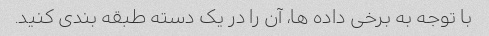
با توجه به برخی داده ها، آن را در یک دسته طبقه بندی کنید.